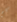
كم